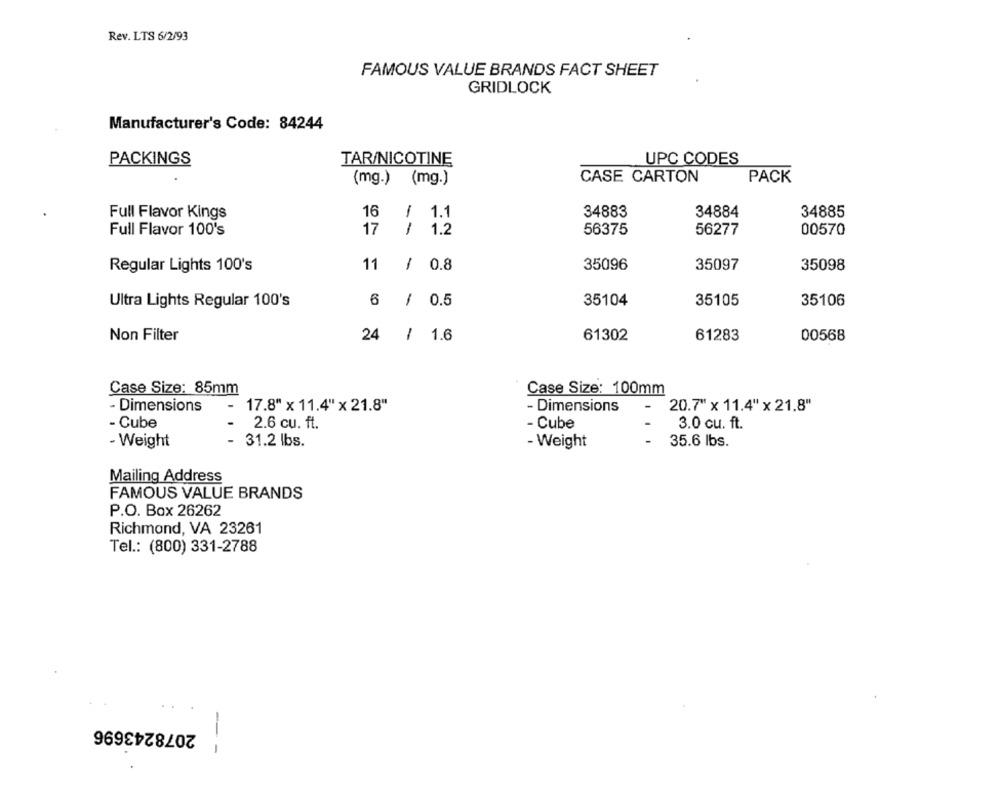
Rev. LTS 6/2/93
FAMOUS VALUE BRANDS FACT SHEET
GRIDLOCK
Manufacturer's Code: 84244
PACKINGS
TAR/NICOTINE
UPC CODES
(mg.) (mg.)
CASE CARTON
PACK
Full Flavor Kings
16
/ 1.1
34883
34884
34885
17
/ 1.2
Full Flavor 100's
56375
56277
00570
Regular Lights 100's
11
/ 0.8
35096
35097
35098
6
35104
35105
Ultra Lights Regular 100's
-
0.5
35106
Non Filter
24
/ 1.6
61302
61283
00568
Case Size: 85mm
Case Size: 100mm
- Dimensions
-
17.8" x 11.4" x 21.8"
- Dimensions
-
20.7" x 11.4" x 21.8"
- Cube
2.6 cu. ft.
- Cube
-
3.0 cu. ft.
- Weight
31.2 lbs.
-
35.6 lbs.
- Weight
Mailing Address
FAMOUS VALUE BRANDS
P.O. Box 26262
Richmond, VA 23261
Tel .: (800) 331-2788
2078243696
-- -